Note on the mental hospitals in Burma - 1925-1940
Year: 1925
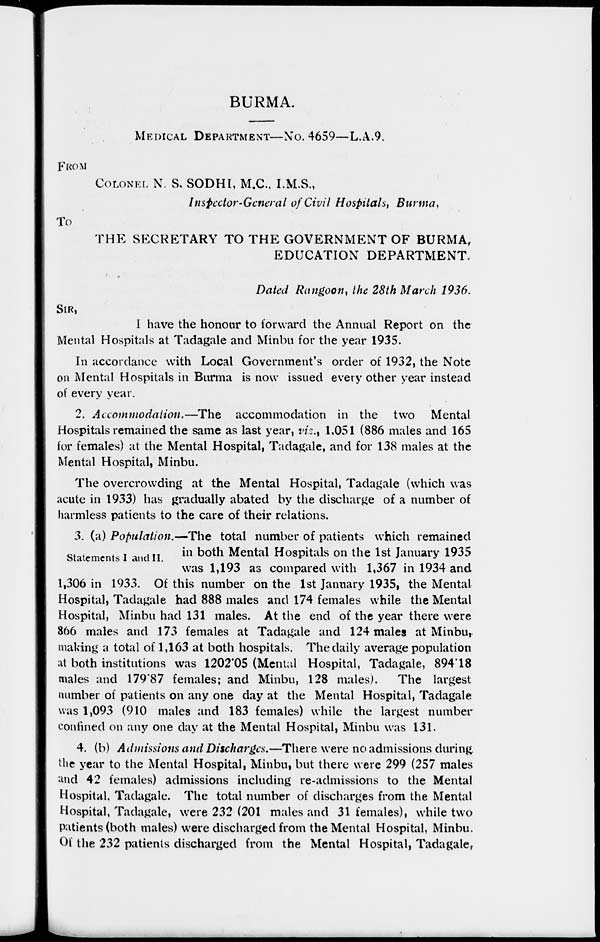
BURMA.
MEDICAL DEPARTMENT—No. 4659—L.A.9.
FROM
COLONEL N. S. SODHI, M.C., I.M.S.,
Inspector-General of Civil Hospitals, Burma,
To
THE SECRETARY TO THE GOVERNMENT OF BURMA,
EDUCATION DEPARTMENT.
Dated Rangoon, the 28th March 1936.
SIR,
I have the honour to forward the Annual Report on the
Mental Hospitals at Tadagale and Minbu for the year 1935.
In accordance with Local Government's order of 1932, the Note
on Mental Hospitals in Burma is now issued every other year instead
of every year.
2. Accommodation.—The
accommodation in the two Mental
Hospitals remained the same as last year, viz., 1,051 (886 males and 165
for females) at the Mental Hospital, Tadagale, and for 138 males at the
Mental Hospital, Minbu.
The overcrowding at the Mental Hospital, Tadagale (which was
acute in 1933) has gradually abated by the discharge of a number of
harmless patients to the care of their relations.
Statements I and II.
3. (a) Population.—The total number of patients which remained
in both Mental Hospitals on the 1st January 1935
was 1,193 as compared with 1,367 in 1934 and
1,306 in 1933. Of this number on the 1st January 1935, the Mental
Hospital, Tadagale had 888 males and 174 females while the Mental
Hospital, Minbu had 131 males. At the end of the year there were
866 males and 173 females at Tadagale and 124 males at Minbu,
making a total of 1,163 at both hospitals. The daily average population
at both institutions was 1202.05 (Mental Hospital, Tadagale, 894.18
males and 179.87 females; and Minbu, 128 males).
The largest
number of patients on any one day at the Mental Hospital, Tadagale
was 1,093 (910 males and 183 females) while the largest number
confined on any one day at the Mental Hospital, Minbu was 131.
4. (b) Admissions and Discharges.—There were no admissions during,
the year to the Mental Hospital, Minbu, but there were 299 (257 males
and 42 females) admissions including re-admissions to the Mental
Hospital, Tadagale. The total number of discharges from the Mental
Hospital, Tadagale, were 232 (201 males and 31 females), while two
patients (both males) were discharged from the Mental Hospital, Minbu.
Of the 232 patients discharged from the Mental Hospital, Tadagale,